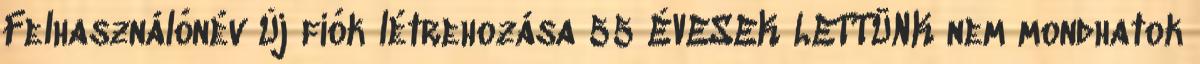
Felhasználónév Új fiók létrehozása 55 ÉVESEK LETTÜNK nem mondhatok